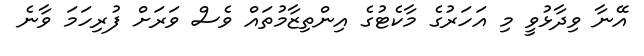
އޭނާ ވިދާޅުވީ މި އަހަރުގެ މާކެޓުގެ އިންތިޒާމުތައް ވެސް ވަރަށް ފުރިހަމަ ވާނެ